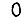
Digit: 0